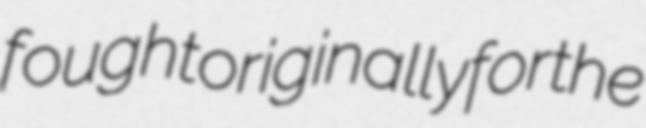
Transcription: fought originally for the